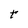
Character: t